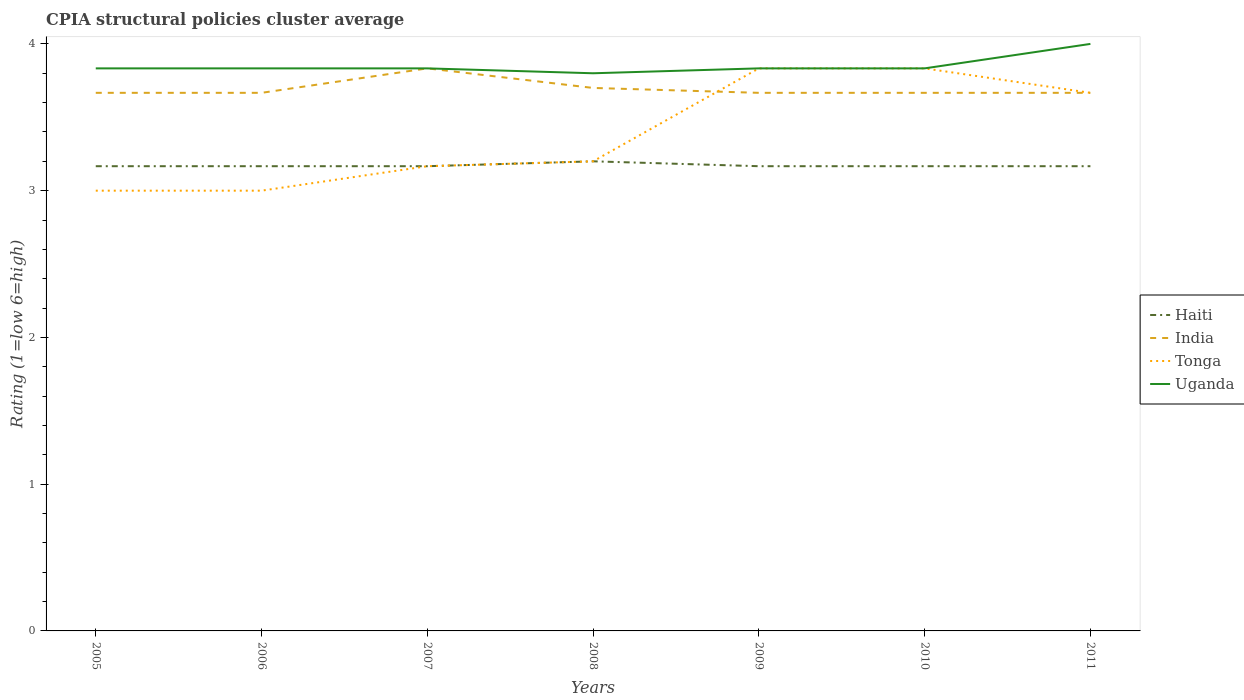
| Years | Haiti | India | Tonga | Uganda |
 | --- | --- | --- | --- | --- |
 | 2005 | 3.17 | 3.67 | 3 | 3.83 |
 | 2006 | 3.17 | 3.67 | 3 | 3.83 |
 | 2007 | 3.17 | 3.83 | 3.17 | 3.83 |
 | 2008 | 3.2 | 3.7 | 3.2 | 3.8 |
 | 2009 | 3.17 | 3.67 | 3.83 | 3.83 |
 | 2010 | 3.17 | 3.67 | 3.83 | 3.83 |
 | 2011 | 3.17 | 3.67 | 3.67 | 4 |